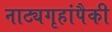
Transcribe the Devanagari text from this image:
नाट्यगृहांपैकी